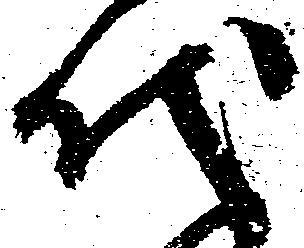
代